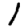
Digit: 1